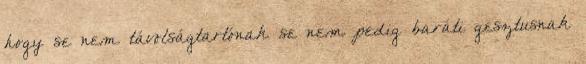
hogy se nem távolságtartónak se nem pedig baráti gesztusnak